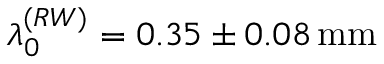
\lambda _ { 0 } ^ { ( R W ) } = 0 . 3 5 \pm 0 . 0 8 \, \mathrm { m m }